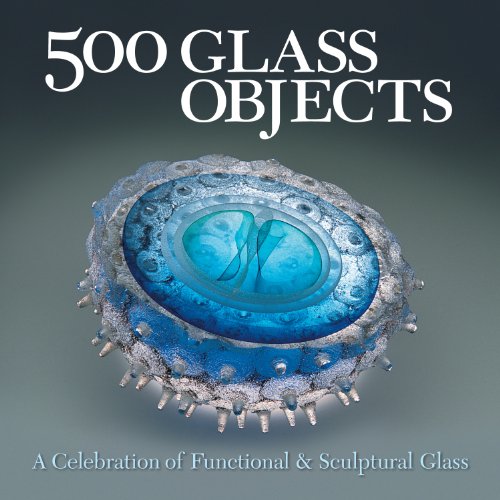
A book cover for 500 Glass Objects: A Celebration of Functional & Sculptural Glass (500 Series); Lark Books; Crafts, Hobbies & Home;